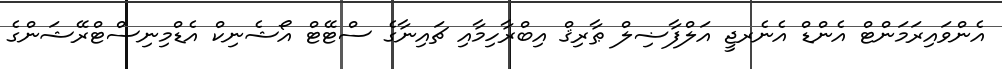
އެންވައިރަމަންޓް އެންޑް އެނެރޖީ އަލްފާޟިލް ޠާރިޤް އިބްރާހިމާާއި ޗައިނާގެ ސްޓޭޓް އޯޝެނިކް އެޑްމިނިސްޓްރޭޝަންގެ